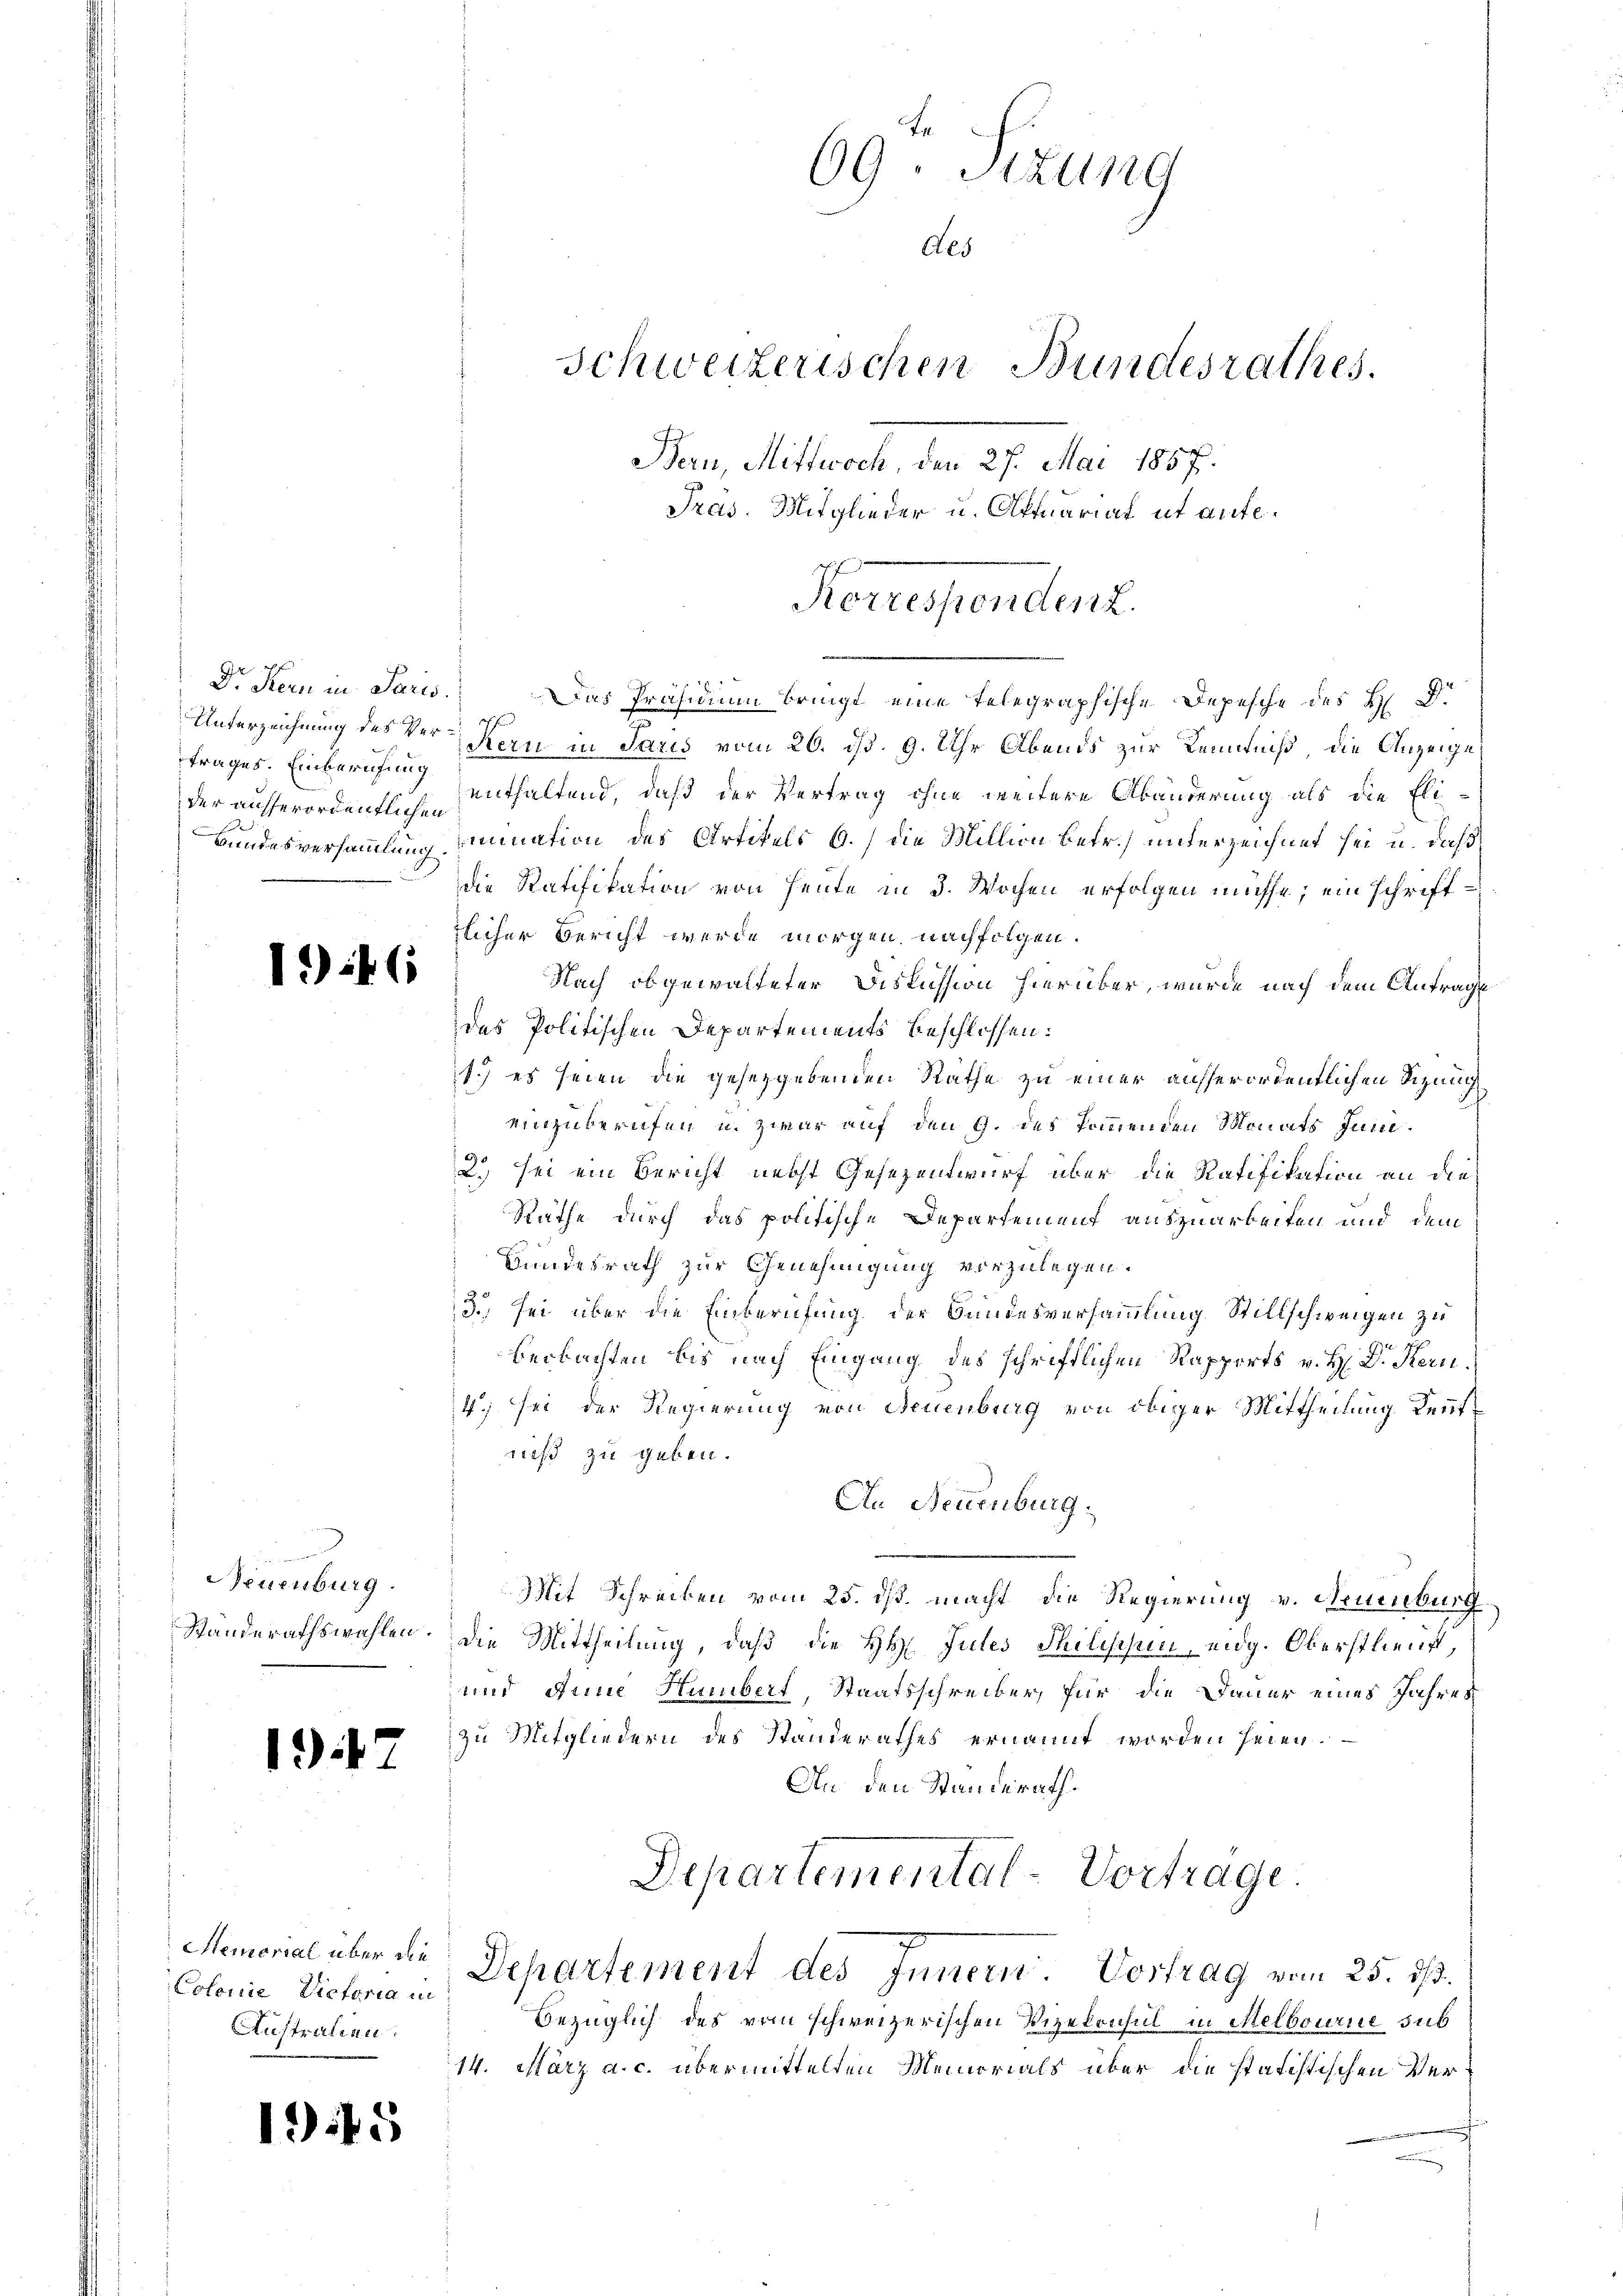
Dr. Kern in Paris.
Unterzeichnung des Vertrages. Einberufung

1946

Neuenburg.

1947

Colonie, Victoria in
Australien.

195

Das Präsidium bringt eine telegraphische Depesche des H. D.
Kern in Paris vom 26. ds. 9. Uhr Abends zur Kenntniß, die Anzeige
der ausserordentlichen enthaltend, daß der Vertrag ohne weitere Abänderung als die Eli¬
Bundesversammlung (mination des Artikels b.) die Million betr.) unterzeichnet sei u. daß
die Ratifikation von Heute in 3. Wochen erfolgen müsse; ein schrifttlicher Bericht werde morgen nachfolgen.
Nach obgewalteter Diskussion hierüber, wurde nach dem Antrage
des Politischen Departements beschlossen:
1.) es seien die gesetzgebenden Räthe zu einer ausserordentlichen Sizung
einzuberufen u. zwar auf den 9. des kommenden Monats Juni¬
2.) sei ein Bericht nebst Gesezentwurf über die Ratifikation an die
Räthe durch das politische Departement auszuarbeiten und dem
Bundesrath zur Genehmigung vorzulegen.
3.) sei über die Einberufung der Bundesversammlung Stillschweigen zu
beobachten bis nach Eingang des schriftlichen Rapports v. H. Dr. Kern¬
4; sei der Regierung von Neuenburg von obiger Mittheilung Kenntniß zu geben.
An Neuenburg.
Mit Schrecken vom 25. ds. macht die Regierung v. Neuenburg
Ständerathswahlen. Die Mittheilung, daß die HH. Jules Philischen, eidg. Oberstlieu,
und Anne Humbert, Staatsschreiber, für die Dauer eines Jahres
Zu Mitgliedern des Standerathes ernannt worden seien.
An den Standerath.
Departemental-Vortrage
Memorial über die Departement des Innern. Vortrag vom 25. ds.
Bezüglich des vom schweizerischen Vizekonsul in Melbourne sub
14. März a. c. übermittelten Memorials über die statistischen Ver¬

69. Sizung
Als
Schweizerischen Bundesrathes.
Bern, Mittwoch, den 27. Mai 1857.
Pras. Mitglieder u. Oftuariat ut aufe¬

Kerrespendent.